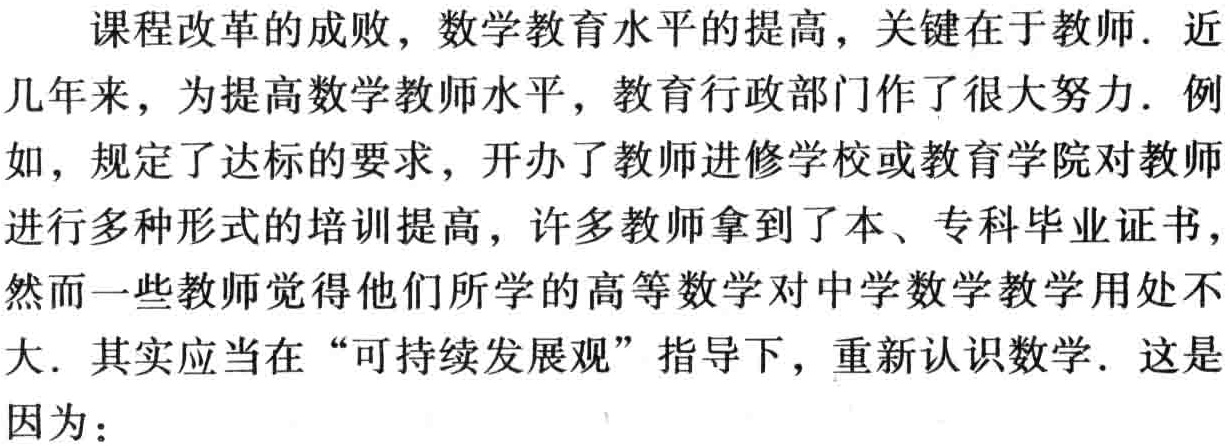
课程改革的成败，数学教育水平的提高，关键在于教师. 近几年来，为提高数学教师水平，教育行政部门作了很大努力. 例如，规定了达标的要求，开办了教师进修学校或教育学院对教师进行多种形式的培训提高，许多教师拿到了本、专科毕业证书，然而一些教师觉得他们所学的高等数学对中学数学教学用处不大. 其实应当在 “可持续发展观” 指导下，重新认识数学. 这是因为：